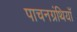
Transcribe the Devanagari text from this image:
पाचनग्रंथियाँ